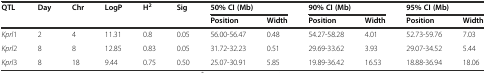
<table><thead><tr><td rowspan="2"><b>QTL</b></td><td rowspan="2"><b>Day</b></td><td rowspan="2"><b>Chr</b></td><td rowspan="2"><b>LogP</b></td><td rowspan="2"><b>H<sup>2</sup></b></td><td rowspan="2"><b>Sig</b></td><td colspan="2"><b>50% CI (Mb)</b></td><td colspan="2"><b>90% CI (Mb)</b></td><td colspan="2"><b>95% CI (Mb)</b></td></tr><tr><td><b>Position</b></td><td><b>Width</b></td><td><b>Position</b></td><td><b>Width</b></td><td><b>Position</b></td><td><b>Width</b></td></tr></thead><tbody><tr><td><i>Kprl</i>1</td><td>2</td><td>4</td><td>11.31</td><td>0.8</td><td>0.05</td><td>56.00-56.47</td><td>0.48</td><td>54.27-58.28</td><td>4.01</td><td>52.73-59.76</td><td>7.03</td></tr><tr><td><i>Kprl</i>2</td><td>8</td><td>8</td><td>12.85</td><td>0.83</td><td>0.05</td><td>31.72-32.23</td><td>0.51</td><td>29.69-33.62</td><td>3.93</td><td>29.07-34.52</td><td>5.44</td></tr><tr><td><i>Kprl</i>3</td><td>8</td><td>18</td><td>9.44</td><td>0.75</td><td>0.50</td><td>25.07-30.91</td><td>5.85</td><td>19.89-36.42</td><td>16.53</td><td>18.88-36.94</td><td>18.06</td></tr></tbody></table>